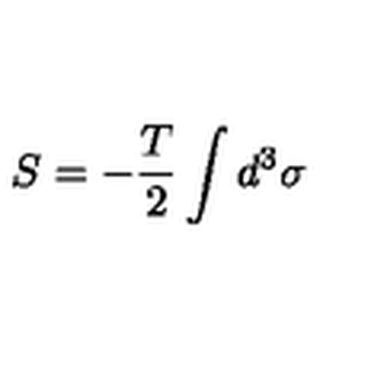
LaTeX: S = - \frac { T } { 2 } \int d ^ { 3 } \sigma